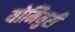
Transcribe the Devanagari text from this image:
योमियुरी